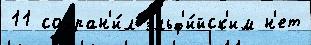
11 сохран'и́л эльф'и́йск'им н'ет